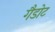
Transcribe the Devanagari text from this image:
गैडोट